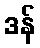
ဒန်